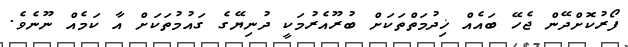
ފޯރުކޮށްދޭން ޖެހޭ ބައެއް ޚިދުމަތްތަކަށް ބުރޫއެރުމަކީ ދުނިޔޭގެ ގައުމުތަކަށް އާ ކަމެއް ނޫނެވެ.